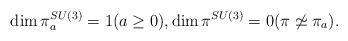
LaTeX: \begin{align*} \dim \pi_{a}^{SU(3)} = 1 (a\ge 0), \dim\pi^{SU(3)} = 0 (\pi \not\simeq \pi_{a}).\end{align*}